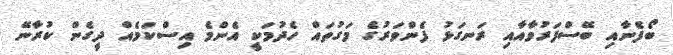
ބޯފެނާއި ބޭސްފަރުވާއާއި ރަނގަޅު ފެންވަރުގެ މަގުތައް ހެދުމަކީ އެންމެ އިސްކަމެއް ދީގެން ކުރާނޭ